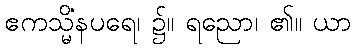
ဧကသ္မိံနပရေ၊ ၌။ ရညော၊ ၏။ ယာ